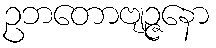
ဥဘတောဗျဉ္ဇနော